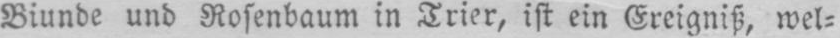
Biunde und Rosenbaum in Trier, ist ein Ereigniß, wel⸗